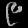
Digit: ၉